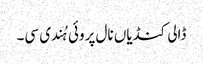
ڈالی کنڈیاں نال پروئی ہُندی سی۔